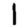
Digit: 1